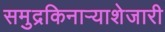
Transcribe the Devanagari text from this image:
समुद्रकिनार्‍याशेजारी